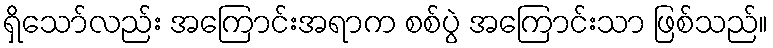
ရှိသော်လည်း အကြောင်းအရာက စစ်ပွဲ အကြောင်းသာ ဖြစ်သည်။